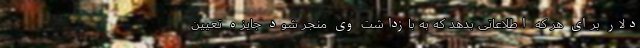
دلار برای هر که اطلاعاتی بدهد که به بازداشت وی منجر شود جایزه تعیین